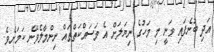
އަދި ބުނެފައި ވަނީ މި މަހުގެ ނިޔަލަށް އެ މަސައްކަތްތައް ނިންމާލެވޭނެ ކަމަށެވެ.